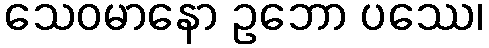
သေဝမာနော ဥဘော ပဿေ၊